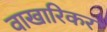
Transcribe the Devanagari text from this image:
वाखारिकर